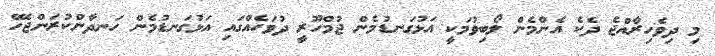
މި ދިވެހިރާއްޖެ ދެކެ އެންމެން ލޯބިވުމަކީ އަޅުގަނޑުމެން ޖުމްހޫރީ ދުވަހެއްގައި އަޅުގަނޑުމެން ހަނދާންކުރަންޖެހޭ